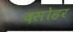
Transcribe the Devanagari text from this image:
दसोहर